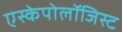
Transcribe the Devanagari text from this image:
एस्केपोलॉजिस्ट